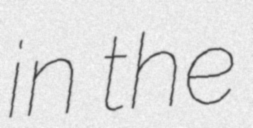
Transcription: in the